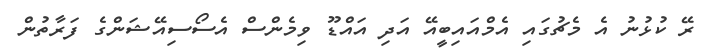
ރޭ ކުޅުނު އެ މެޗުގައި އެމްއައިބީއޭ އަދި އައްޑޫ ވިމެންސް އެސޯސިއޭޝަންގެ ފަރާތުން